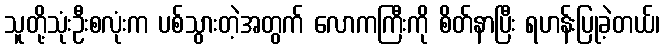
သူတို့သုံးဦးစလုံးက ပစ်သွားတဲ့အတွက် လောကကြီးကို စိတ်နာပြီး ရဟန်းပြုခဲ့တယ်၊